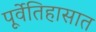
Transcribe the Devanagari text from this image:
पूर्वेतिहासात